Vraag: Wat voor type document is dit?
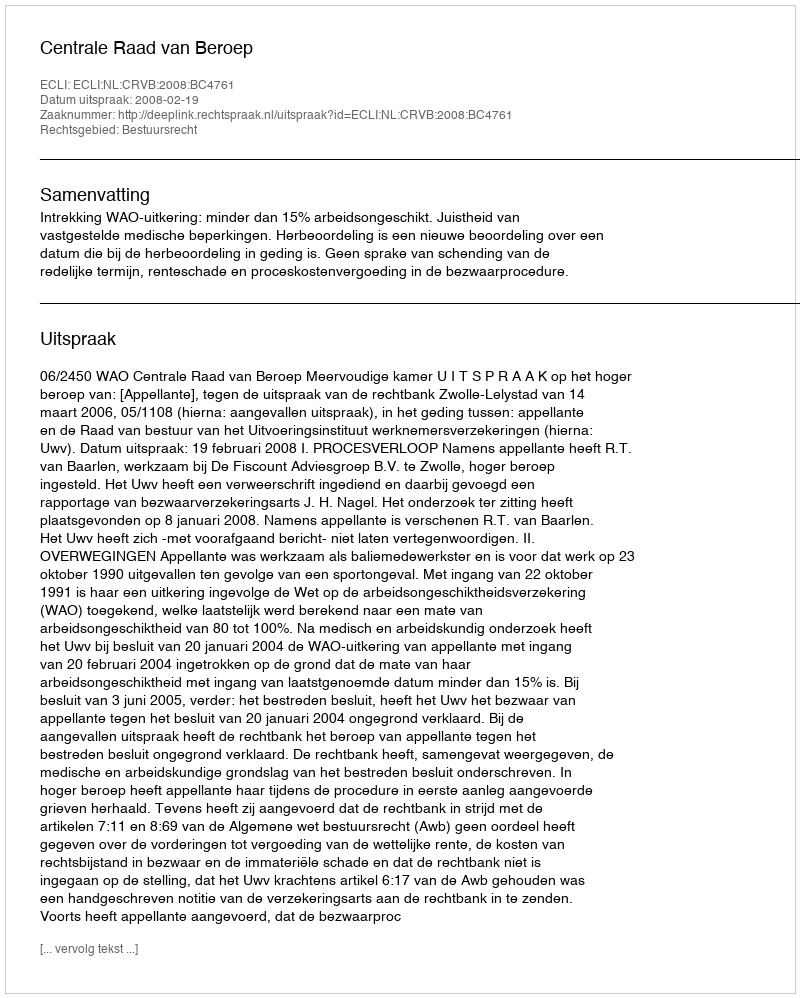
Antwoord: Uitspraak